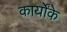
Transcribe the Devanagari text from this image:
कार्योंके